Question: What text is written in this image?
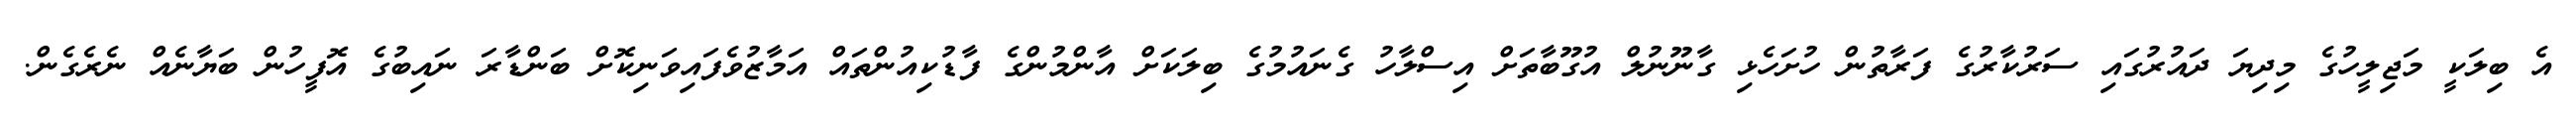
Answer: އެ ބިލަކީ މަޖިލީހުގެ މިދިޔަ ދައުރުގައި ސަރުކާރުގެ ފަރާތުން ހުށަހެޅި ގާނޫނުލް އުގޫބާތަށް އިސްލާހު ގެނައުމުގެ ބިލަކަށް އާންމުންގެ ފާޑުކިއުންތައް އަމާޒުވެފައިވަނިކޮށް ބަންޑާރަ ނައިބުގެ އޮފީހުން ބަޔާނެއް ނެރެގެން.